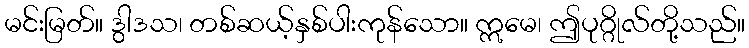
မင်းမြတ်။ ဒွါဒသ၊ တစ်ဆယ့်နှစ်ပါးကုန်သော။ ဣမေ၊ ဤပုဂ္ဂိုလ်တို့သည်။